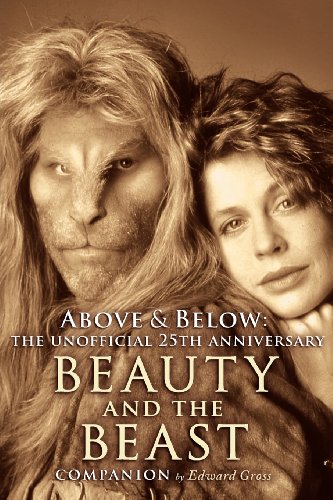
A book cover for Above & Below: The Unofficial 25th Anniversary Beauty and the Beast Companion; Edward Gross; Humor & Entertainment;